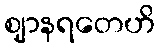
ဈာနရတေဟိ